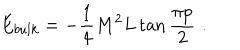
E _ { b u l k } = - \displaystyle \frac { 1 } { 4 } M ^ { 2 } L \tan \displaystyle \frac { \pi p } { 2 } \, \, .